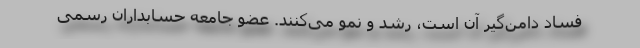
فساد دامن‌گیر آن است، رشد و نمو می‌كنند. عضو جامعه حسابداران رسمی